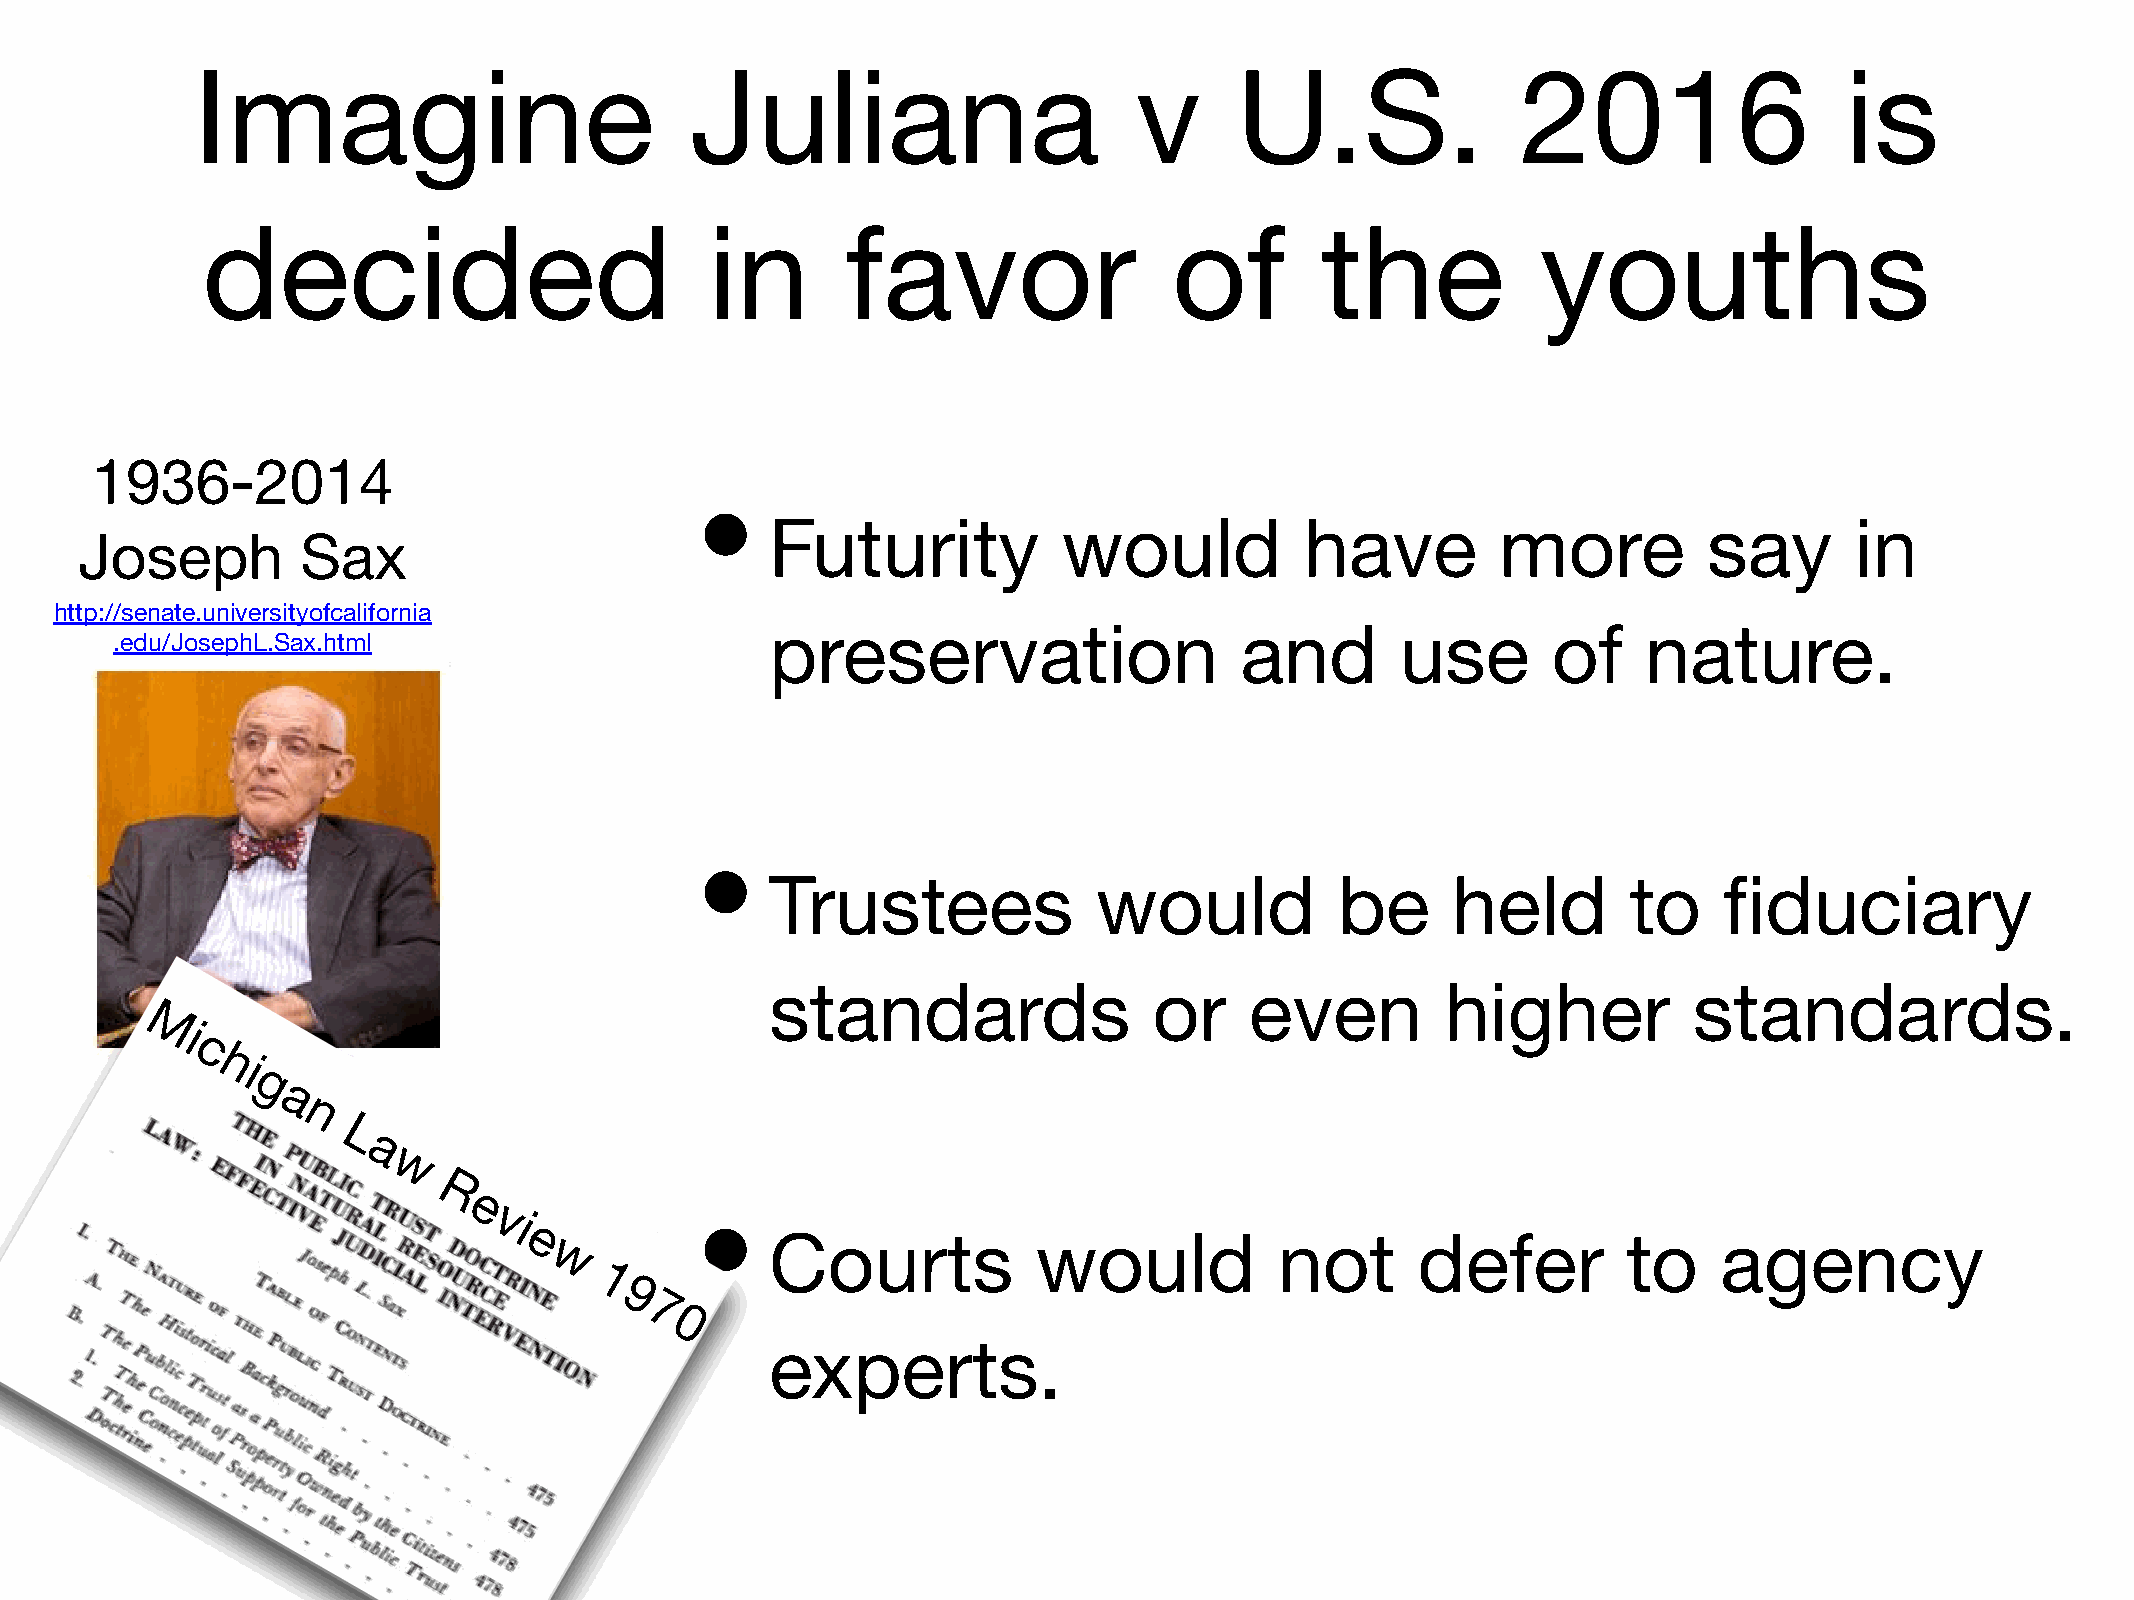
Imagine                          Juliana                      v      U.S.               2016                 is
 decided                           in       favor                 of       the            youths
 1936-2014
 •
 Futurity           would           have         more          say       in
 Joseph         Sax
 http://senate.universityofcalifornia
 preservation                   and        use       of    nature.
 .edu/JosephL.Sax.html
 •
 Trustees              would           be     held        to    fiduciary
 standards                or     even         higher          standards.
 Mi
 c
 hi
 g
 a
 n
 L
 a
 w
 R
 e
 vi            •
 e                Courts            would           not      defer         to    agency
 w
 1
 9
 7
 0
 experts.